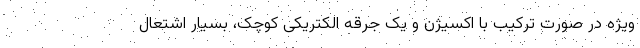
ویژه در صورت ترکیب با اکسیژن و یک جرقه الکتریکی کوچک، بسیار اشتعال